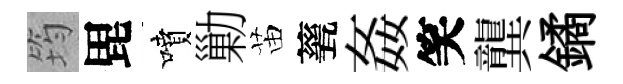
筠毘噴勦苗甆姦笑龔鐍